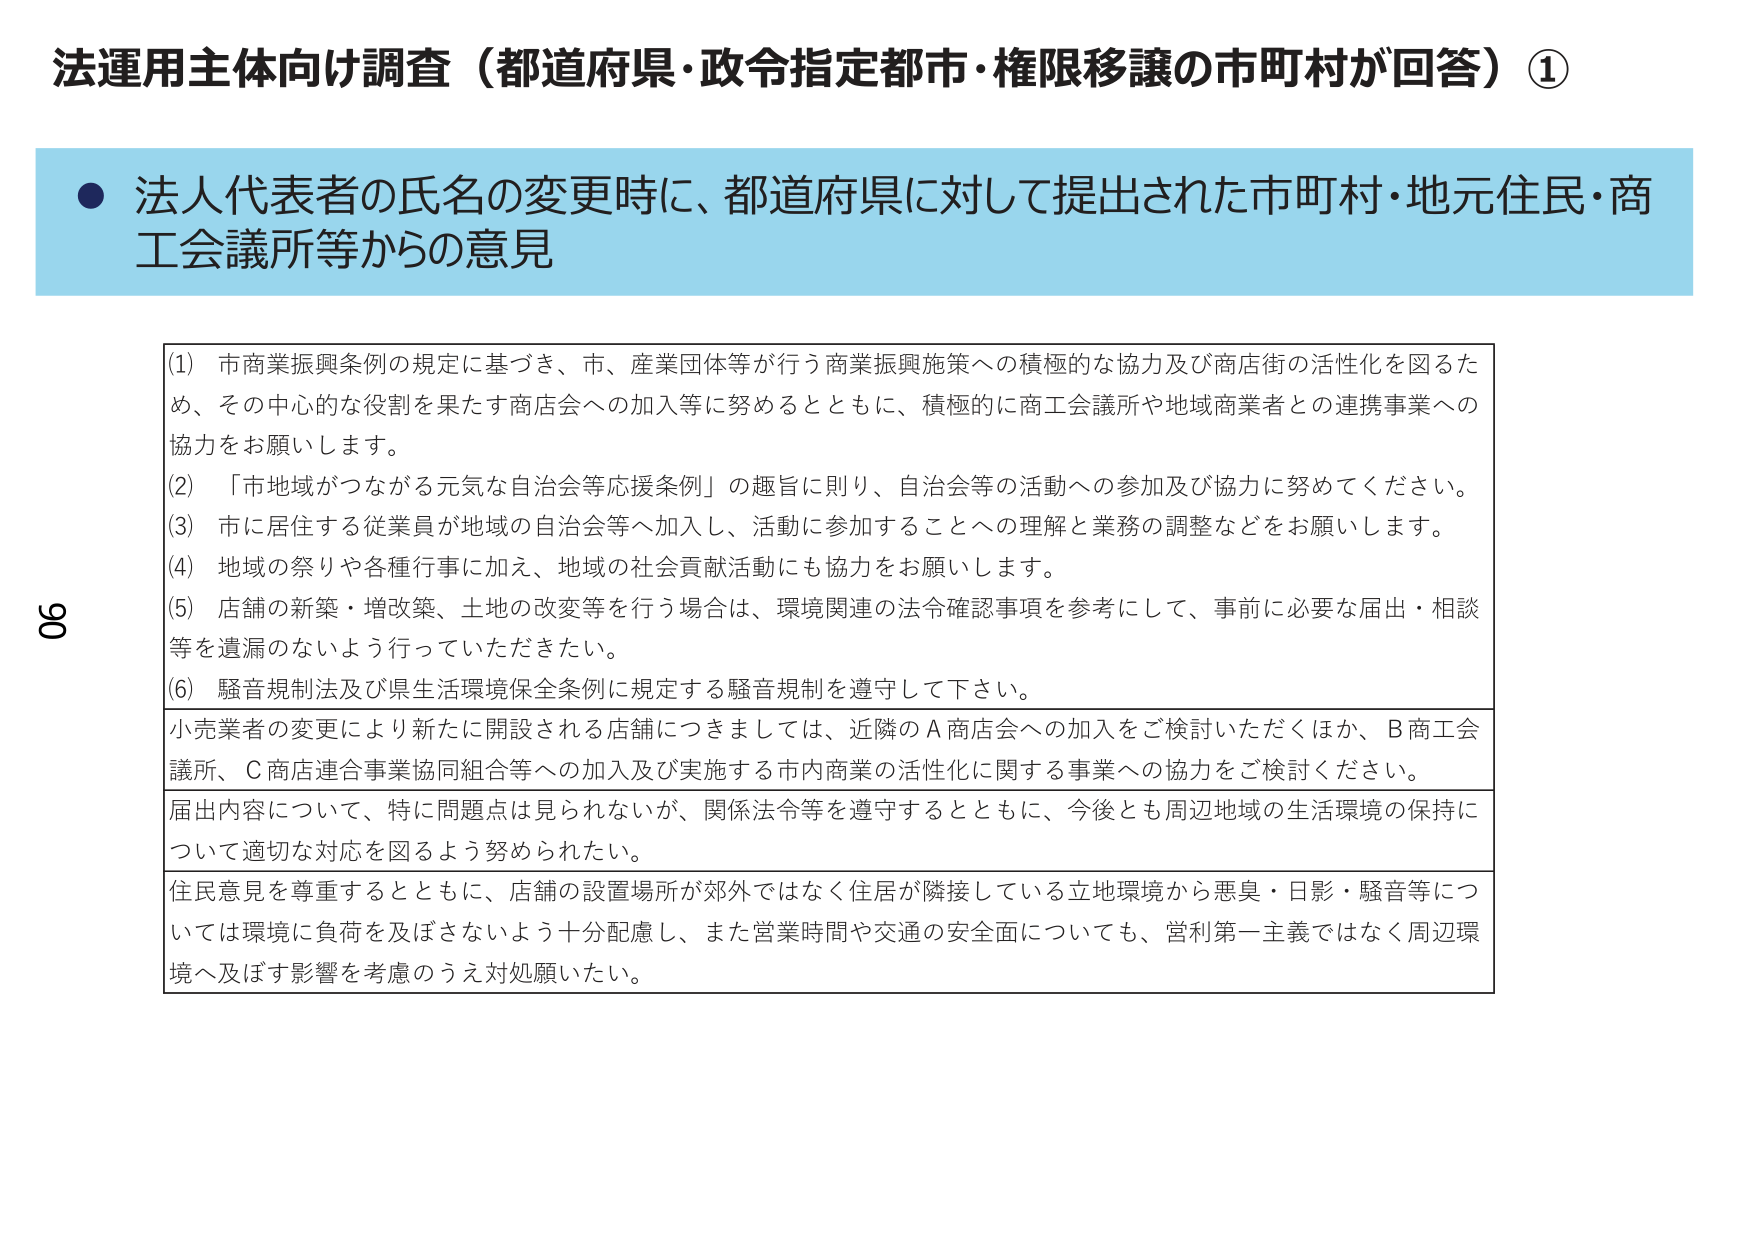
法運用主体向け調査（都道府県・政令指定都市・権限移譲の市町村が回答）①

● 法人代表者の氏名の変更時に、都道府県に対して提出された市町村・地元住民・商工会議所等からの意見

(1) 市商業振興条例の規定に基づき、市、産業団体等が行う商業振興施策への積極的な協力及び商店街の活性化を図るため、その中心的な役割を果たす商店会への加入等に努めるとともに、積極的に商工会議所や地域商業者との連携事業への協力をお願いします。

(2) 「市地域がつながる元気な自治会等応援条例」の趣旨に則り、自治会等の活動への参加及び協力に努めてください。

(3) 市に居住する従業員が地域の自治会等へ加入し、活動に参加することへの理解と業務の調整などをお願いします。

(4) 地域の祭りや各種行事に加え、地域の社会貢献活動にも協力をお願いします。

(5) 店舗の新築・増改築、土地の改変等を行う場合は、環境関連の法令確認事項を参考にして、事前に必要な届出・相談等を遺漏のないよう行っていただきたい。

(6) 騒音規制法及び県生活環境保全条例に規定する騒音規制を遵守して下さい。

小売業者の変更により新たに開設される店舗につきましては、近隣のA商店会への加入をご検討いただくほか、B商工会議所、C商店連合事業協同組合等への加入及び実施する市内商業の活性化に関する事業への協力をご検討ください。

届出内容について、特に問題点は見られないが、関係法令等を遵守するとともに、今後とも周辺地域の生活環境の保持について適切な対応を図るよう努められたい。

住民意見を尊重するとともに、店舗の設置場所が郊外ではなく住居が隣接している立地環境から悪臭・日影・騒音等については環境に負荷を及ぼさないよう十分配慮し、また営業時間や交通の安全面についても、営利第一主義ではなく周辺環境へ及ぼす影響を考慮のうえ対処願いたい。

90